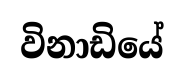
විනාඩියේ